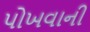
પોખવાની